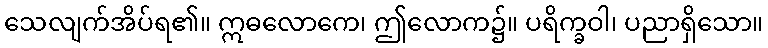
သေလျက်အိပ်ရ၏။ ဣဓလောကေ၊ ဤလောက၌။ ပရိက္ခဝါ၊ ပညာရှိသော။